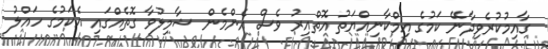
ގާއިމުކުރެވިދާނޭ ކަމުގެ އިމްކާނިއްޔަތު އޮތްއިރު ވެސް އެންމެން ޝާމިލުވާ ގޮތެއްގައި އެކަމުގެ ހައްލު